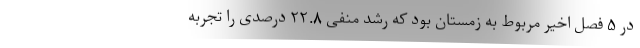
در ۵ فصل اخیر مربوط به زمستان بود که رشد منفی ۲۲.۸ درصدی را تجربه